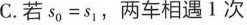
C. 若$$s _ { 0 }= s _ { 1 }$$，两车相遇1次